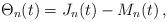
LaTeX: \begin{align*} \Theta_n(t)=J_n(t)-M_n(t)\,,\end{align*}